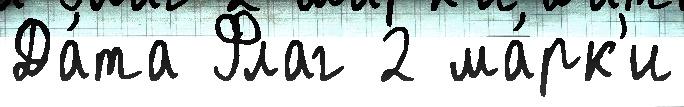
Да́та Флаг 2 ма́рк'и